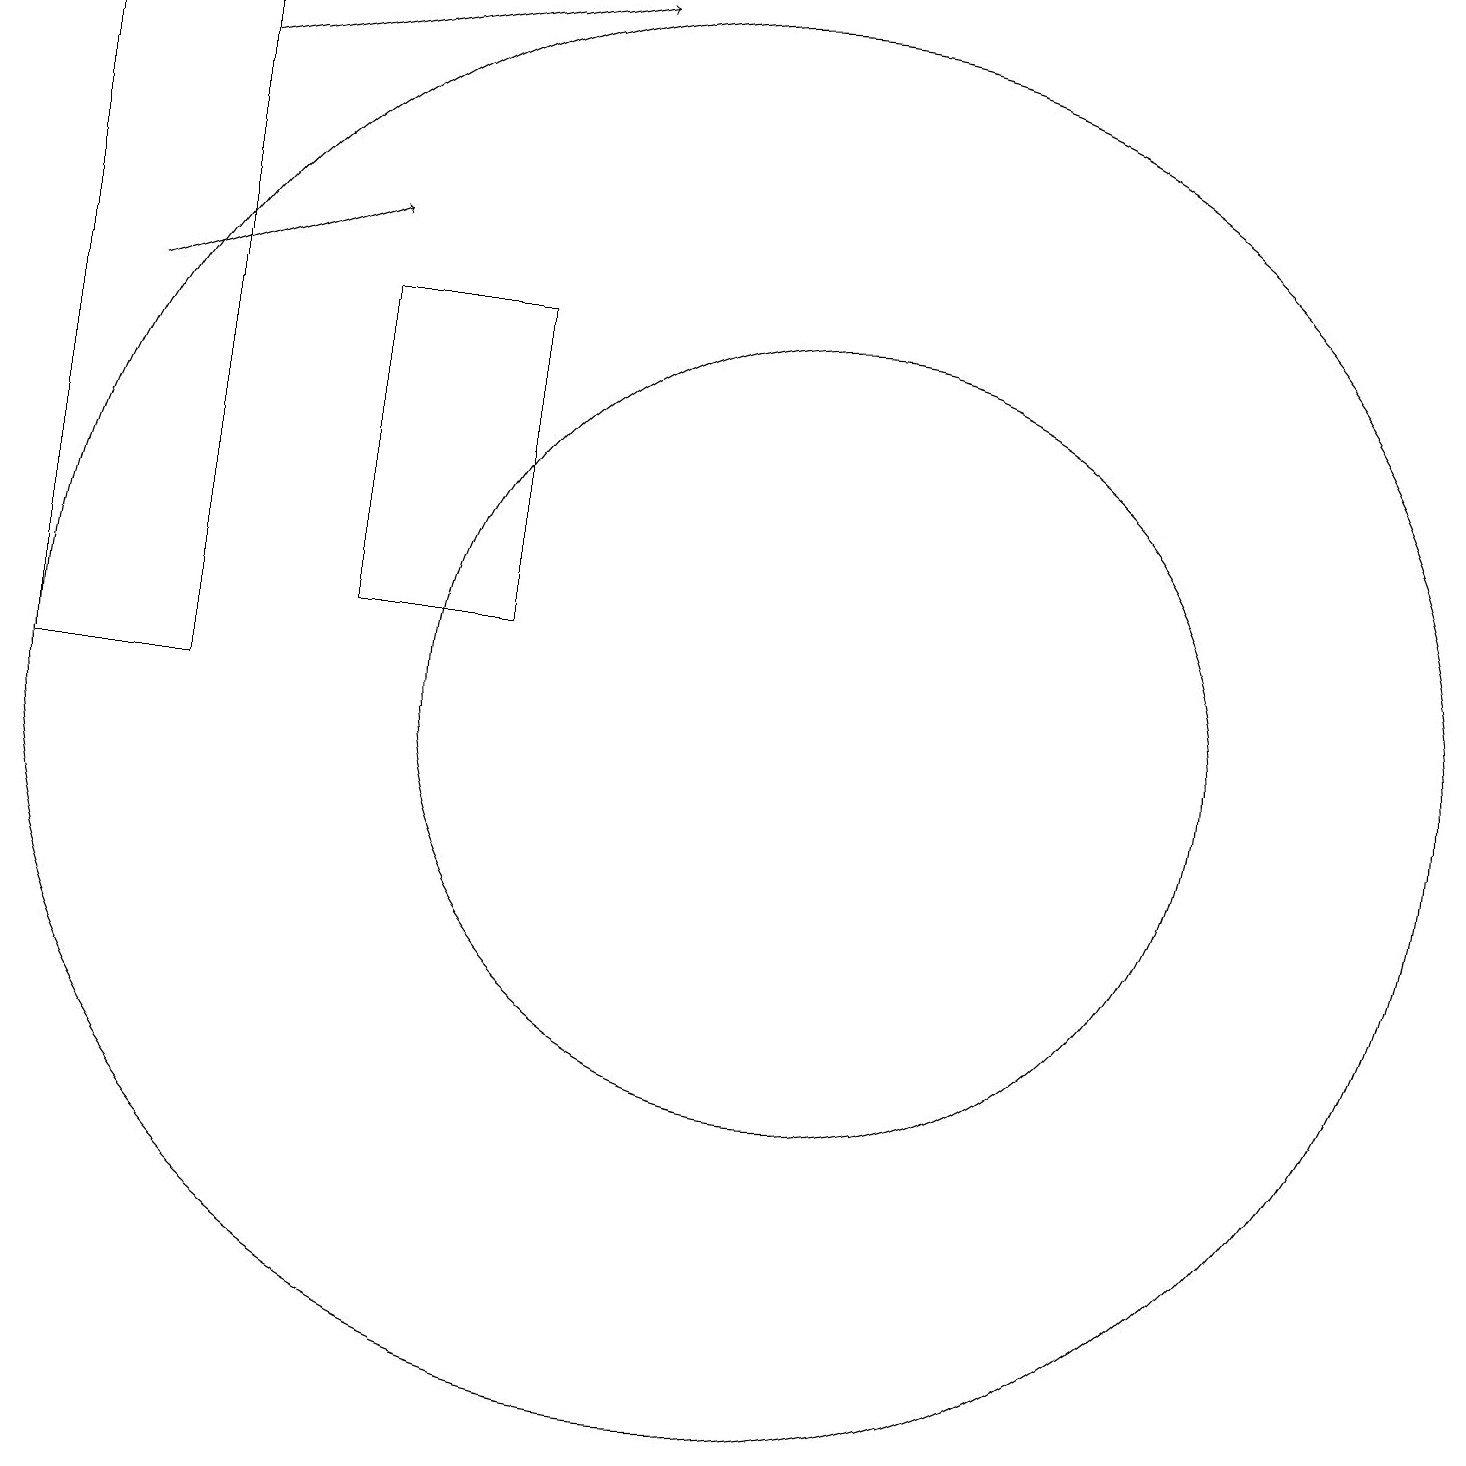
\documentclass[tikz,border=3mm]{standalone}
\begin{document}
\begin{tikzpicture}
\draw (11,10) circle (5);
\draw (7,15) rectangle (5,11);
\draw (10,10) circle (9);
\draw[->] (3,18) -- (8,19);
\draw[->] (2,15) -- (5,16);
\draw (3,10) rectangle (1,19);
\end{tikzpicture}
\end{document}